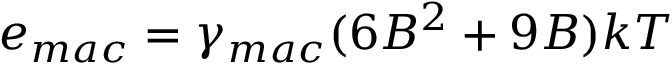
e _ { m a c } = \gamma _ { m a c } ( 6 B ^ { 2 } + 9 B ) k T